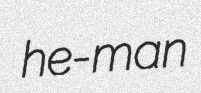
he-man